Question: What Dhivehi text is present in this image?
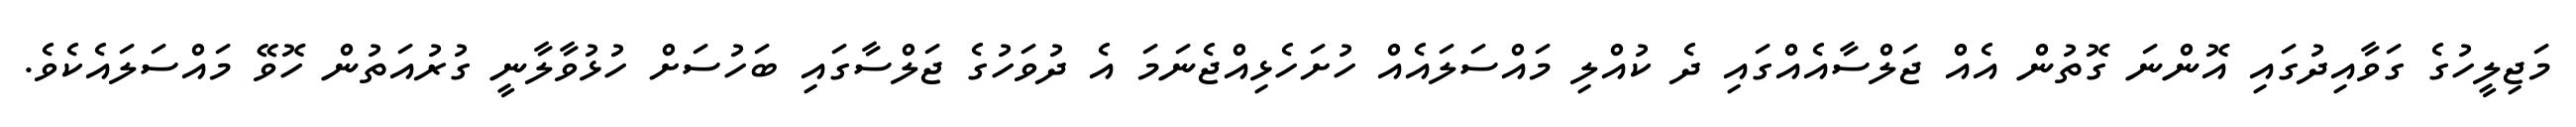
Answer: މަޖިލީހުގެ ގަވާއިދުގައި އޮންނަ ގޮތުން އެއް ޖަލްސާއެއްގައި ދެ ކުއްލި މައްސަލައެއް ހުށަހެޅިއްޖެނަމަ އެ ދުވަހުގެ ޖަލްސާގައި ބަހުސަށް ހުޅުވާލާނީ ގުރުއަތުން ހޮވޭ މައްސަލައެކެވެ.